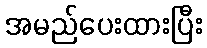
အမည်ပေးထားပြီး